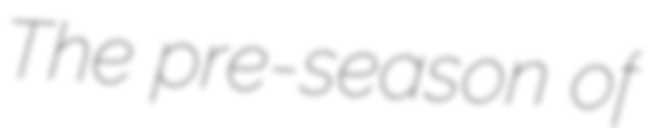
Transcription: The pre-season of